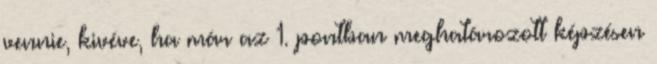
vennie, kivéve, ha már az 1. pontban meghatározott képzésen